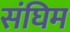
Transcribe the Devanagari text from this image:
संघिम